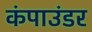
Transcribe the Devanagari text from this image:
कंपाउंडर